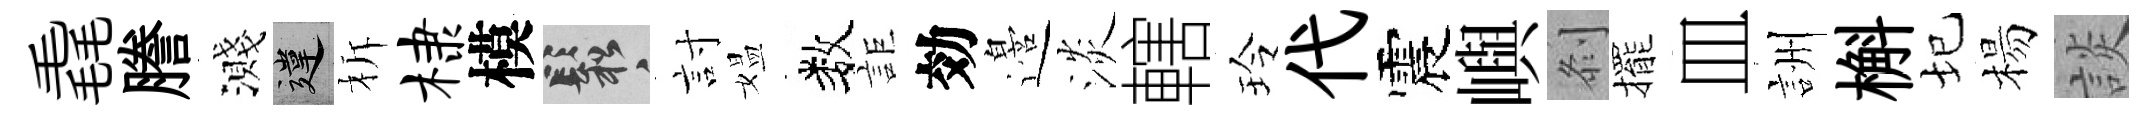
毳謄濺違柝棣模鬆討媪数詎効邉淡轄玲代震嶼𠛴擺皿詶槲圮楊談